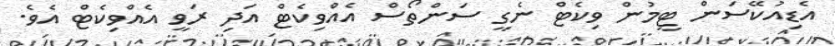
އެޑިއުކޭސަން ޓީމުން ވިކެޓް ނެގީ ސަންތޯސް އެއްވިކެޓް އަދި ރަވީ އެއްވިކެޓް އެވެ.